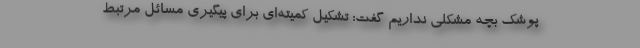
پوشک بچه مشکلی نداریم گفت: تشکیل کمیته‌ای برای پیگیری مسائل مرتبط